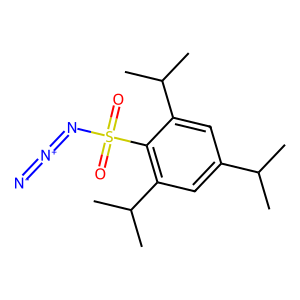
SMILES: CC(C)c1cc(C(C)C)c(S(=O)(=O)N=[N+]=[N-])c(C(C)C)c1
Inhibits HIV replication: No